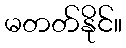
မတတ်နိုင်။